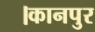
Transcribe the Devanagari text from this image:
।कानपुर